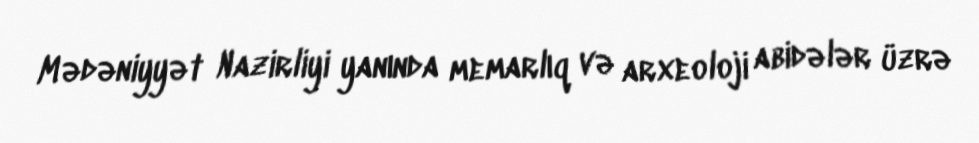
Mədəniyyət Nazirliyi yanında memarlıq və arxeoloji abidələr üzrə